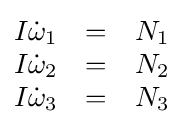
{\begin{matrix}I{\dot {\omega }}_{1}&=&N_{1}\\I{\dot {\omega }}_{2}&=&N_{2}\\I{\dot {\omega }}_{3}&=&N_{3}\end{matrix}}